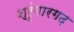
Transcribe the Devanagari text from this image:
श्रृंगारगढ़